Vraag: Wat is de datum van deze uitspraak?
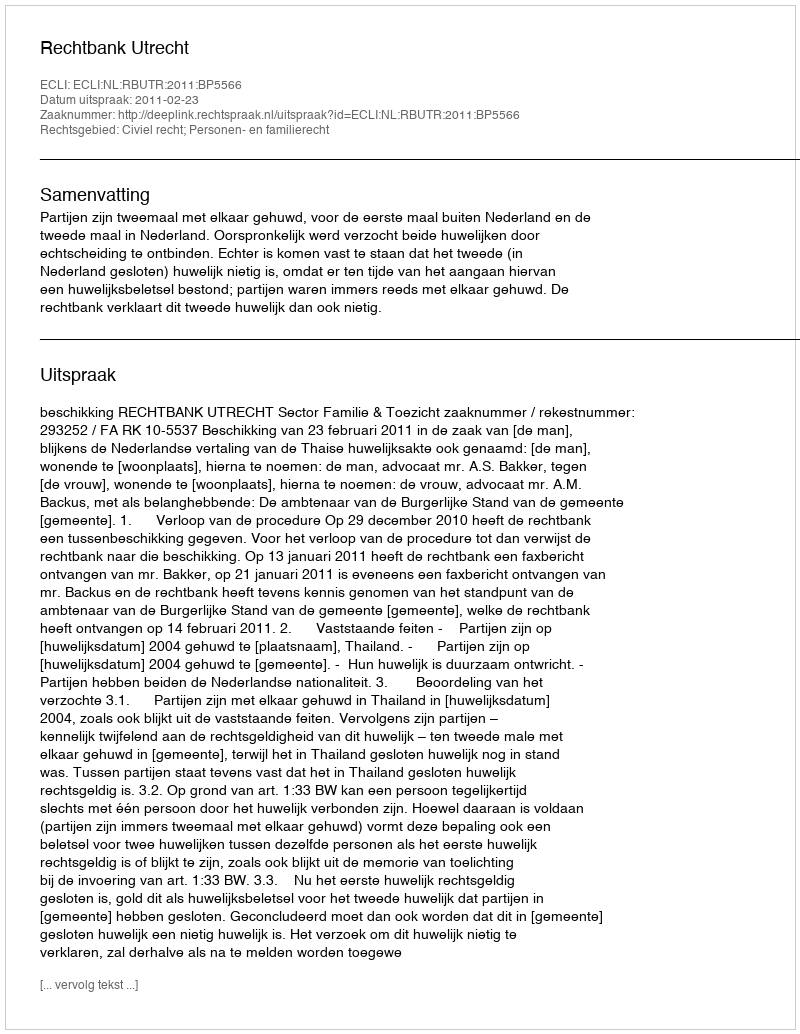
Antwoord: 2011-02-23